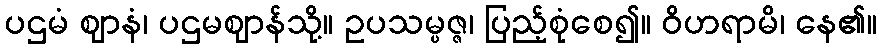
ပဌမံ ဈာနံ၊ ပဌမဈာန်သို့။ ဥပသမ္ပဇ္ဇ၊ ပြည့်စုံစေ၍။ ဝိဟရာမိ၊ နေ၏။